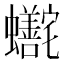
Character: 𬠺